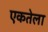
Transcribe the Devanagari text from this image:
एकतेला